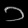
Digit: ၁